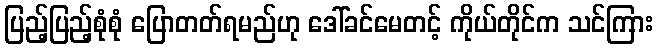
ပြည့်ပြည့်စုံစုံ ပြောတတ်ရမည်ဟု ဒေါ်ခင်မေတင့် ကိုယ်တိုင်က သင်ကြား